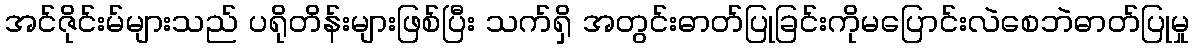
အင်ဇိုင်းမ်များသည် ပရိုတိန်းများဖြစ်ပြီး သက်ရှိ အတွင်းဓာတ်ပြုခြင်းကိုမပြောင်းလဲစေဘဲဓာတ်ပြုမှု